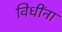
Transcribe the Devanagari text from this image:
विधींना